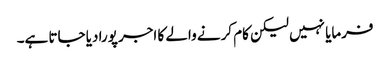
فرمایا نہیں لیکن کام کرنے والے کا اجر پورا دیا جاتا ہے۔